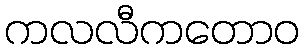
ကလလီကတောဝ